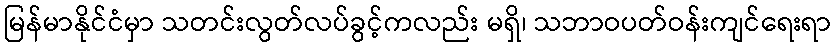
မြန်မာနိုင်ငံမှာ သတင်းလွတ်လပ်ခွင့်ကလည်း မရှိ၊ သဘာဝပတ်ဝန်းကျင်ရေးရာ